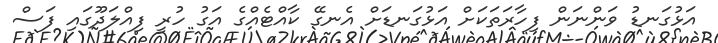
އަޅުގަނޑު ވަންނަން ފިހާރަތަކަށް އަޅުގަނޑަށް އެނގޭ ކާއްޓެއްގެ އަގު ހުރީ ފިއްލަދޫގައި ފަސް